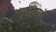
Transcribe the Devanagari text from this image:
उडवायचे